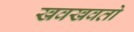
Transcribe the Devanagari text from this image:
खवखवतो